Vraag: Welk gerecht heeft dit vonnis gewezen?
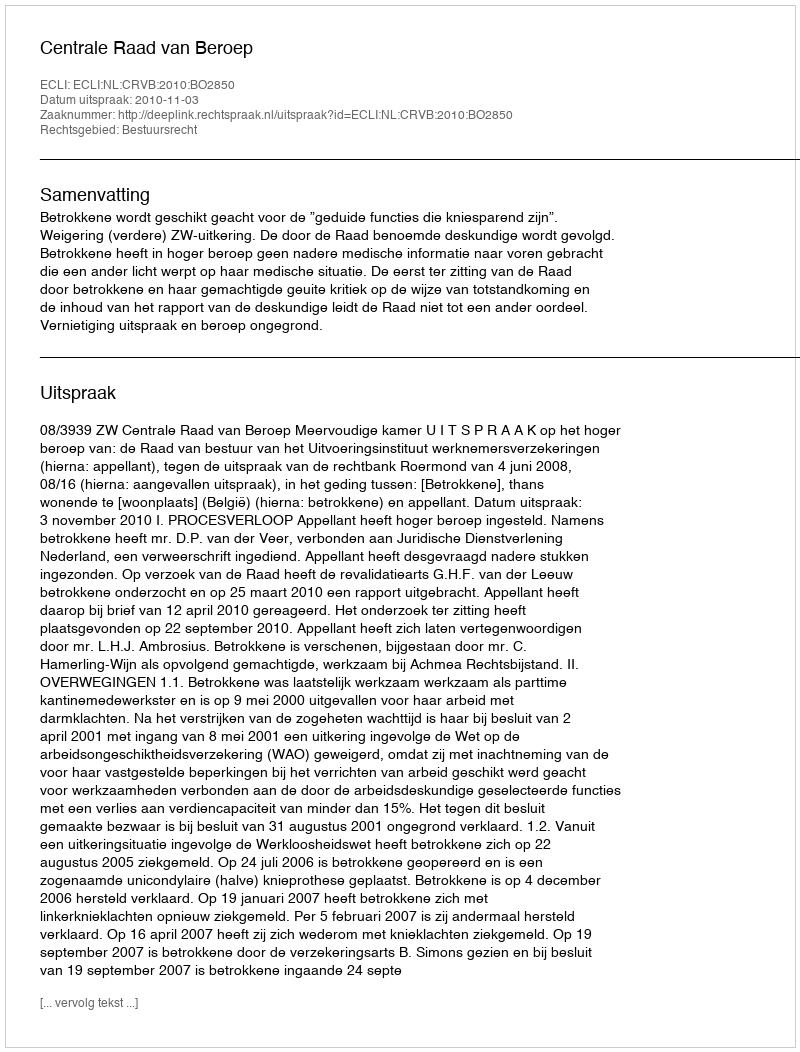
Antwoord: Centrale Raad van Beroep